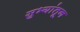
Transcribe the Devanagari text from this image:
सुभ्यांतून